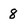
Character: 8